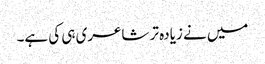
میں نے زیادہ تر شاعری ہی کی ہے۔